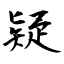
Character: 疑